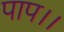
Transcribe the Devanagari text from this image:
पाप।।